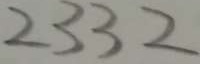
2 3 3 2